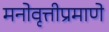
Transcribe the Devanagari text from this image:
मनोवृत्तीप्रमाणे